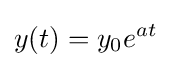
y(t)=y_{0}e^{at}